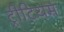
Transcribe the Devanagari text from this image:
ट्रीटियम